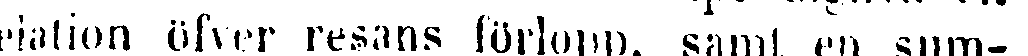
elation öfver resans förlopp, samt en sum-